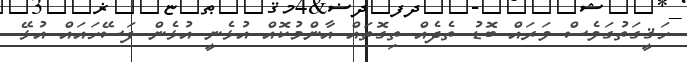
ހަޤީގަތުގަވެސް ވަރައް ބޮޑު ތެދެއް ތިގޮތައް އާންމުކޮއް އުޅެނީ އުޅެން ފަސޭހައައް އުޅޭ